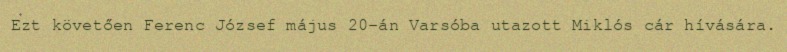
Ezt követően Ferenc József május 20-án Varsóba utazott Miklós cár hívására.